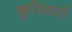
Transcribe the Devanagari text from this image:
कुरियार्स